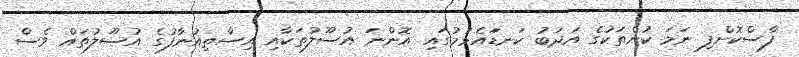
ފާސްކޮށްފި ނަމަ ކުށްތަކުގެ އަދަބު ކަނޑަައެޅުމުގައި އޮންނަ އުސޫލުތަކާއި އިސްތިއުނާފުގެ އުސޫލުތައް ވެސް